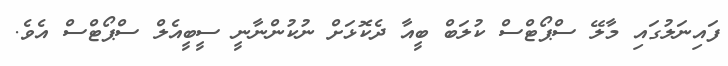
ފައިނަލުގައި މާލޭ ސްޕޯޓްސް ކުލަބް ބީއާ ދެކޮޅަށް ނުކުންނާނީ ސީބީއެލް ސްޕޯޓްސް އެވެ.